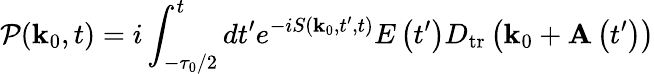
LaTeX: \mathcal{P}(\mathbf{k}_{0},t)=i\int_{-\tau_{0}/2}^{t}dt^{\prime}e^{-iS\left(\mathbf{k}_{0},t^{\prime},t\right)}E\left(t^{\prime}\right)D_{\mathrm{tr}}\left(\mathbf{k}_{0}+\mathbf{A}\left(t^{\prime}\right)\right)